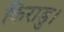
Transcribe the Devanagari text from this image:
किराडु।